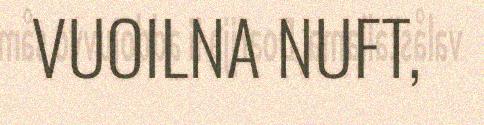
VUOILNA NUFT,